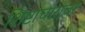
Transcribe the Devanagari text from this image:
शिष्टाचारावर